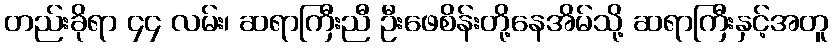
တည်းခိုရာ ၄၄ လမ်း၊ ဆရာကြီးညီ ဦးဖေစိန်းတို့နေအိမ်သို့ ဆရာကြီးနှင့်အတူ